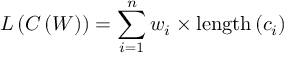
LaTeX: L \left( C \left( W \right) \right) = \sum _ { i = 1 } ^ { n } { w _ { i } \times \mathrm { l e n g t h } \left( c _ { i } \right) }